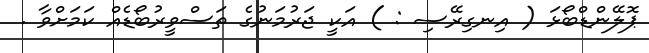
ޕޮލޭންޑްބޯޅަ ( އިނގިރޭސި : ) އަކީ ޖަރުމަނުގެ ތަސްވީރުބޯޑެއް ކަމަށްވާ .